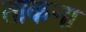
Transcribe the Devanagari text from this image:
ताकना